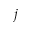
j